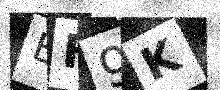
Text: EF9K